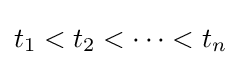
t_{1}<t_{2}<\dots <t_{n}